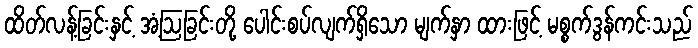
ထိတ်လန့်ခြင်းနှင့် အံ့ဩခြင်းတို့ ပေါင်းစပ်လျက်ရှိသော မျက်နှာ ထားဖြင့် မစ္စက်ဒွန်ကင်းသည်